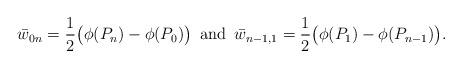
LaTeX: \begin{align*}\bar w_{0n} = \frac{1}{2}\big(\phi(P_n)-\phi(P_0)\big)\,\,\,\mbox{and}\,\,\, \bar w_{n-1, 1} =\frac{1}{2}\big(\phi(P_1)-\phi(P_{n-1})\big). \end{align*}